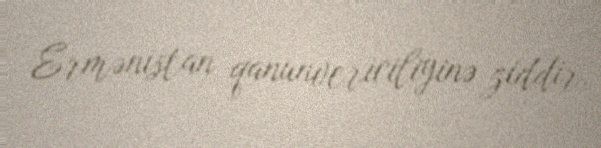
Ermənistan qanunvericiliyinə ziddir.